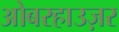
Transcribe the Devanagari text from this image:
ओबरहाउज़र